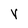
Character: V